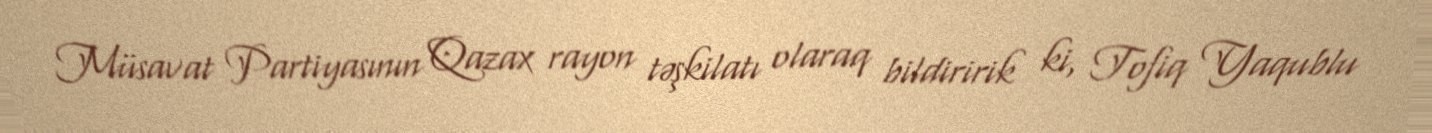
Müsavat Partiyasının Qazax rayon təşkilatı olaraq bildiririk ki, Tofiq Yaqublu